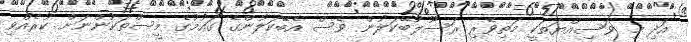
އަދި މި ވަސިއްޔަތަކީ މަތިވެރި ރަސޫލުބޭކަލުން ވެސް އެބޭކަލުންގެ ގައުމުގެ މީސްތަކުންނަށް ކުރެއްވި